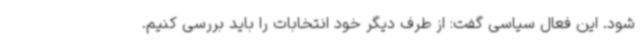
شود. این فعال سیاسی گفت: از طرف دیگر خود انتخابات را باید بررسی کنیم.